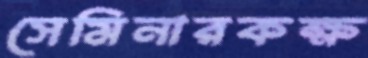
সেমিনারকক্ষ